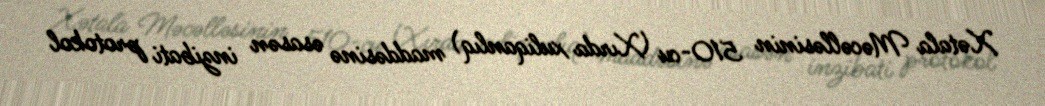
Xətala Məcəlləsinin 510-cu (Xırda xuliqanlıq) maddəsinə əsasən inzibati protokol